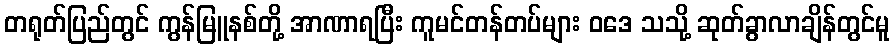
တရုတ်ပြည်တွင် ကွန်မြူနစ်တို့ အာဏာရပြီး ကူမင်တန်တပ်များ ဝဒေ သသို့ ဆုတ်ခွာလာချိန်တွင်မူ